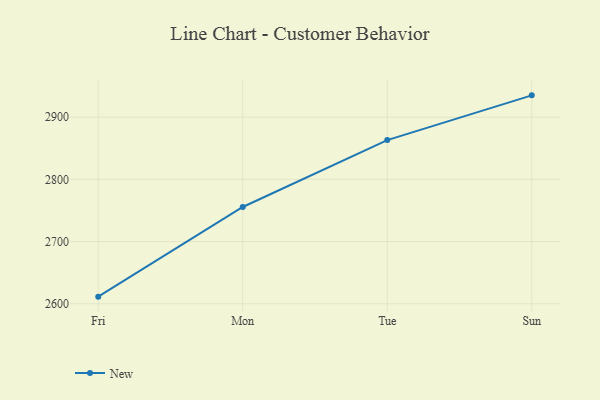
{"axis": {"x": "Day", "y": "Net Income (USD K)"}, "legend": ["New"], "data": [{"x": "Fri", "y": 2611.4, "type": "New"}, {"x": "Mon", "y": 2755.6, "type": "New"}, {"x": "Tue", "y": 2863.1, "type": "New"}, {"x": "Sun", "y": 2935.1, "type": "New"}]}